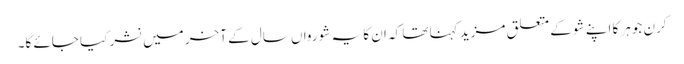
کرن جوہر کا اپنے شو کے متعلق مزید کہنا تھا کہ ان کا یہ شو رواں سال کے آخر میں نشر کیا جائے گا۔